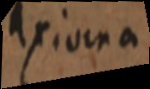
axioma